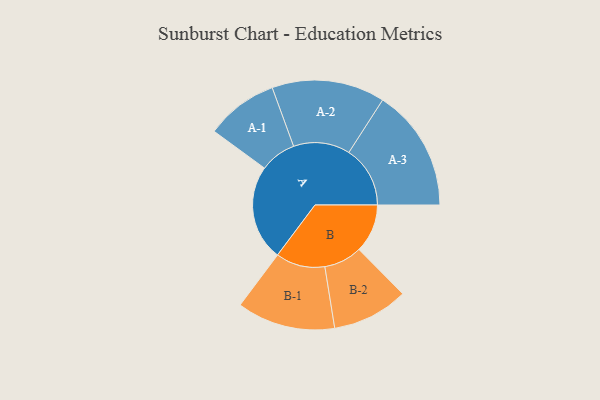
{"axis": {"x": "Segment", "y": "Value"}, "legend": ["", "A", "B"], "data": [{"x": "A", "y": 404, "type": ""}, {"x": "B", "y": 205, "type": ""}, {"x": "A-1", "y": 153, "type": "A"}, {"x": "A-2", "y": 239, "type": "A"}, {"x": "A-3", "y": 259, "type": "A"}, {"x": "B-1", "y": 208, "type": "B"}, {"x": "B-2", "y": 161, "type": "B"}]}